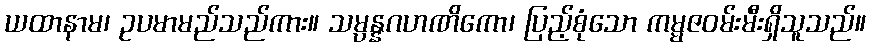
ယထာနာမ၊ ဥပမာမည်သည်ကား။ သမ္ပန္နဂဟဏိကော၊ ပြည့်စုံသော ကမ္မဇဝမ်းမီးရှိသူသည်။